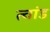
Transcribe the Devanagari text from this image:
त्वांड